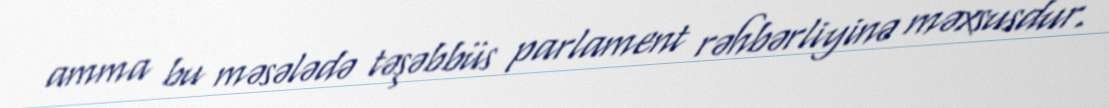
amma bu məsələdə təşəbbüs parlament rəhbərliyinə məxsusdur.